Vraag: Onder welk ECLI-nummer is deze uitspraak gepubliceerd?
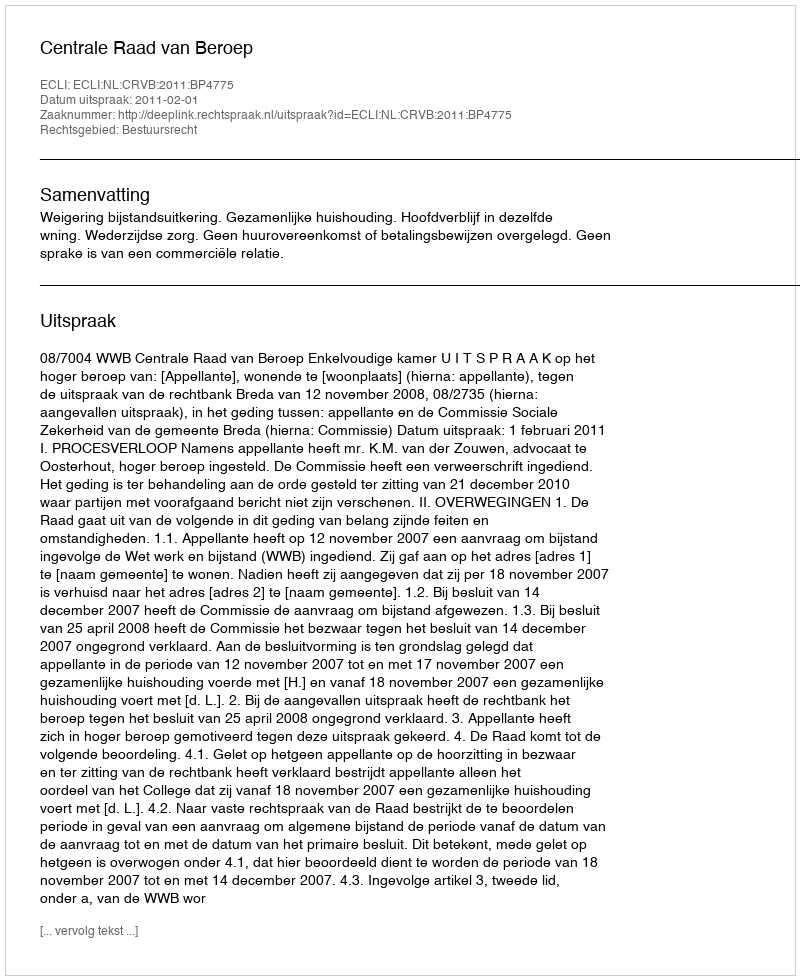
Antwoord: ECLI:NL:CRVB:2011:BP4775